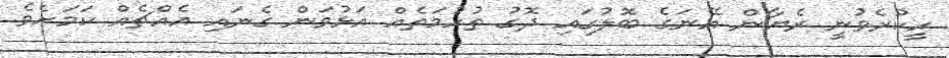
ހީކުރެވުނީ ރެޔާން އޭނަގެ ބޮލުގައި ދޮގު ތުހުމަތެއް އަޅުވަން ގެނައި އެއްޗެއް ކަމަށެވެ.